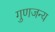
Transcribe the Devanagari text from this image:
गुणजन्य